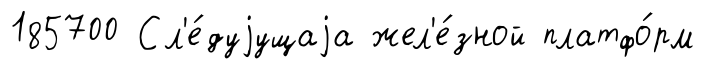
185700 Сл'е́дуjущаjа жел'е́зной платфо́рм